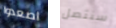
اصعدوا سنتصل